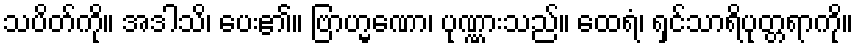
သပိတ်ကို။ အဒါသိ၊ ပေး၏။ ဗြာဟ္မဏော၊ ပုဏ္ဏားသည်။ ထေရံ၊ ရှင်သာရိပုတ္တရာကို။